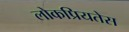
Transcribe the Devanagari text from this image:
लोकप्रियतेस